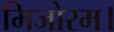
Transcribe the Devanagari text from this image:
मिजोरम।